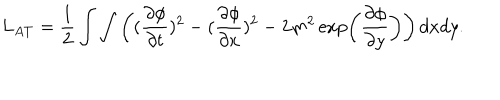
LaTeX: L _ { A T } = { \frac { 1 } { 2 } } \int \int \left( ( { \frac { \partial \phi } { \partial t } } ) ^ { 2 } - ( { \frac { \partial \phi } { \partial x } } ) ^ { 2 } - 2 m ^ { 2 } \exp \left( { \frac { \partial \phi } { \partial y } } \right) \right) d x d y .